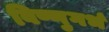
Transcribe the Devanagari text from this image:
विष्णुगर्भ